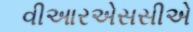
વીઆરએસસીએ